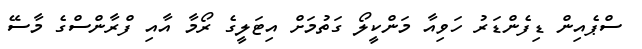
ސްޕެއިން ޑިފެންޑަރު ހަވިއާ މަންކީލޯ ގަތުމަށް އިޓަލީގެ ރޯމާ އާއި ފްރާންސްގެ މާސޭ